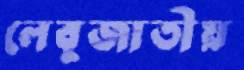
লেবুজাতীয়